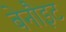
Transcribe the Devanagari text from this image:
बेनौइट